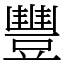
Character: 豐